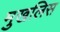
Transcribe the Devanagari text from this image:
मुखलिस